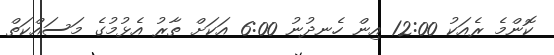
ކޮންމެ ރެއަކު 12:00 އިން ހެނދުނު 6:00 އަކަށް ތާރު އެޅުމުގެ މަސައްކަތް